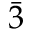
\bar { 3 }